Virumaa_algkoolid, lk 69
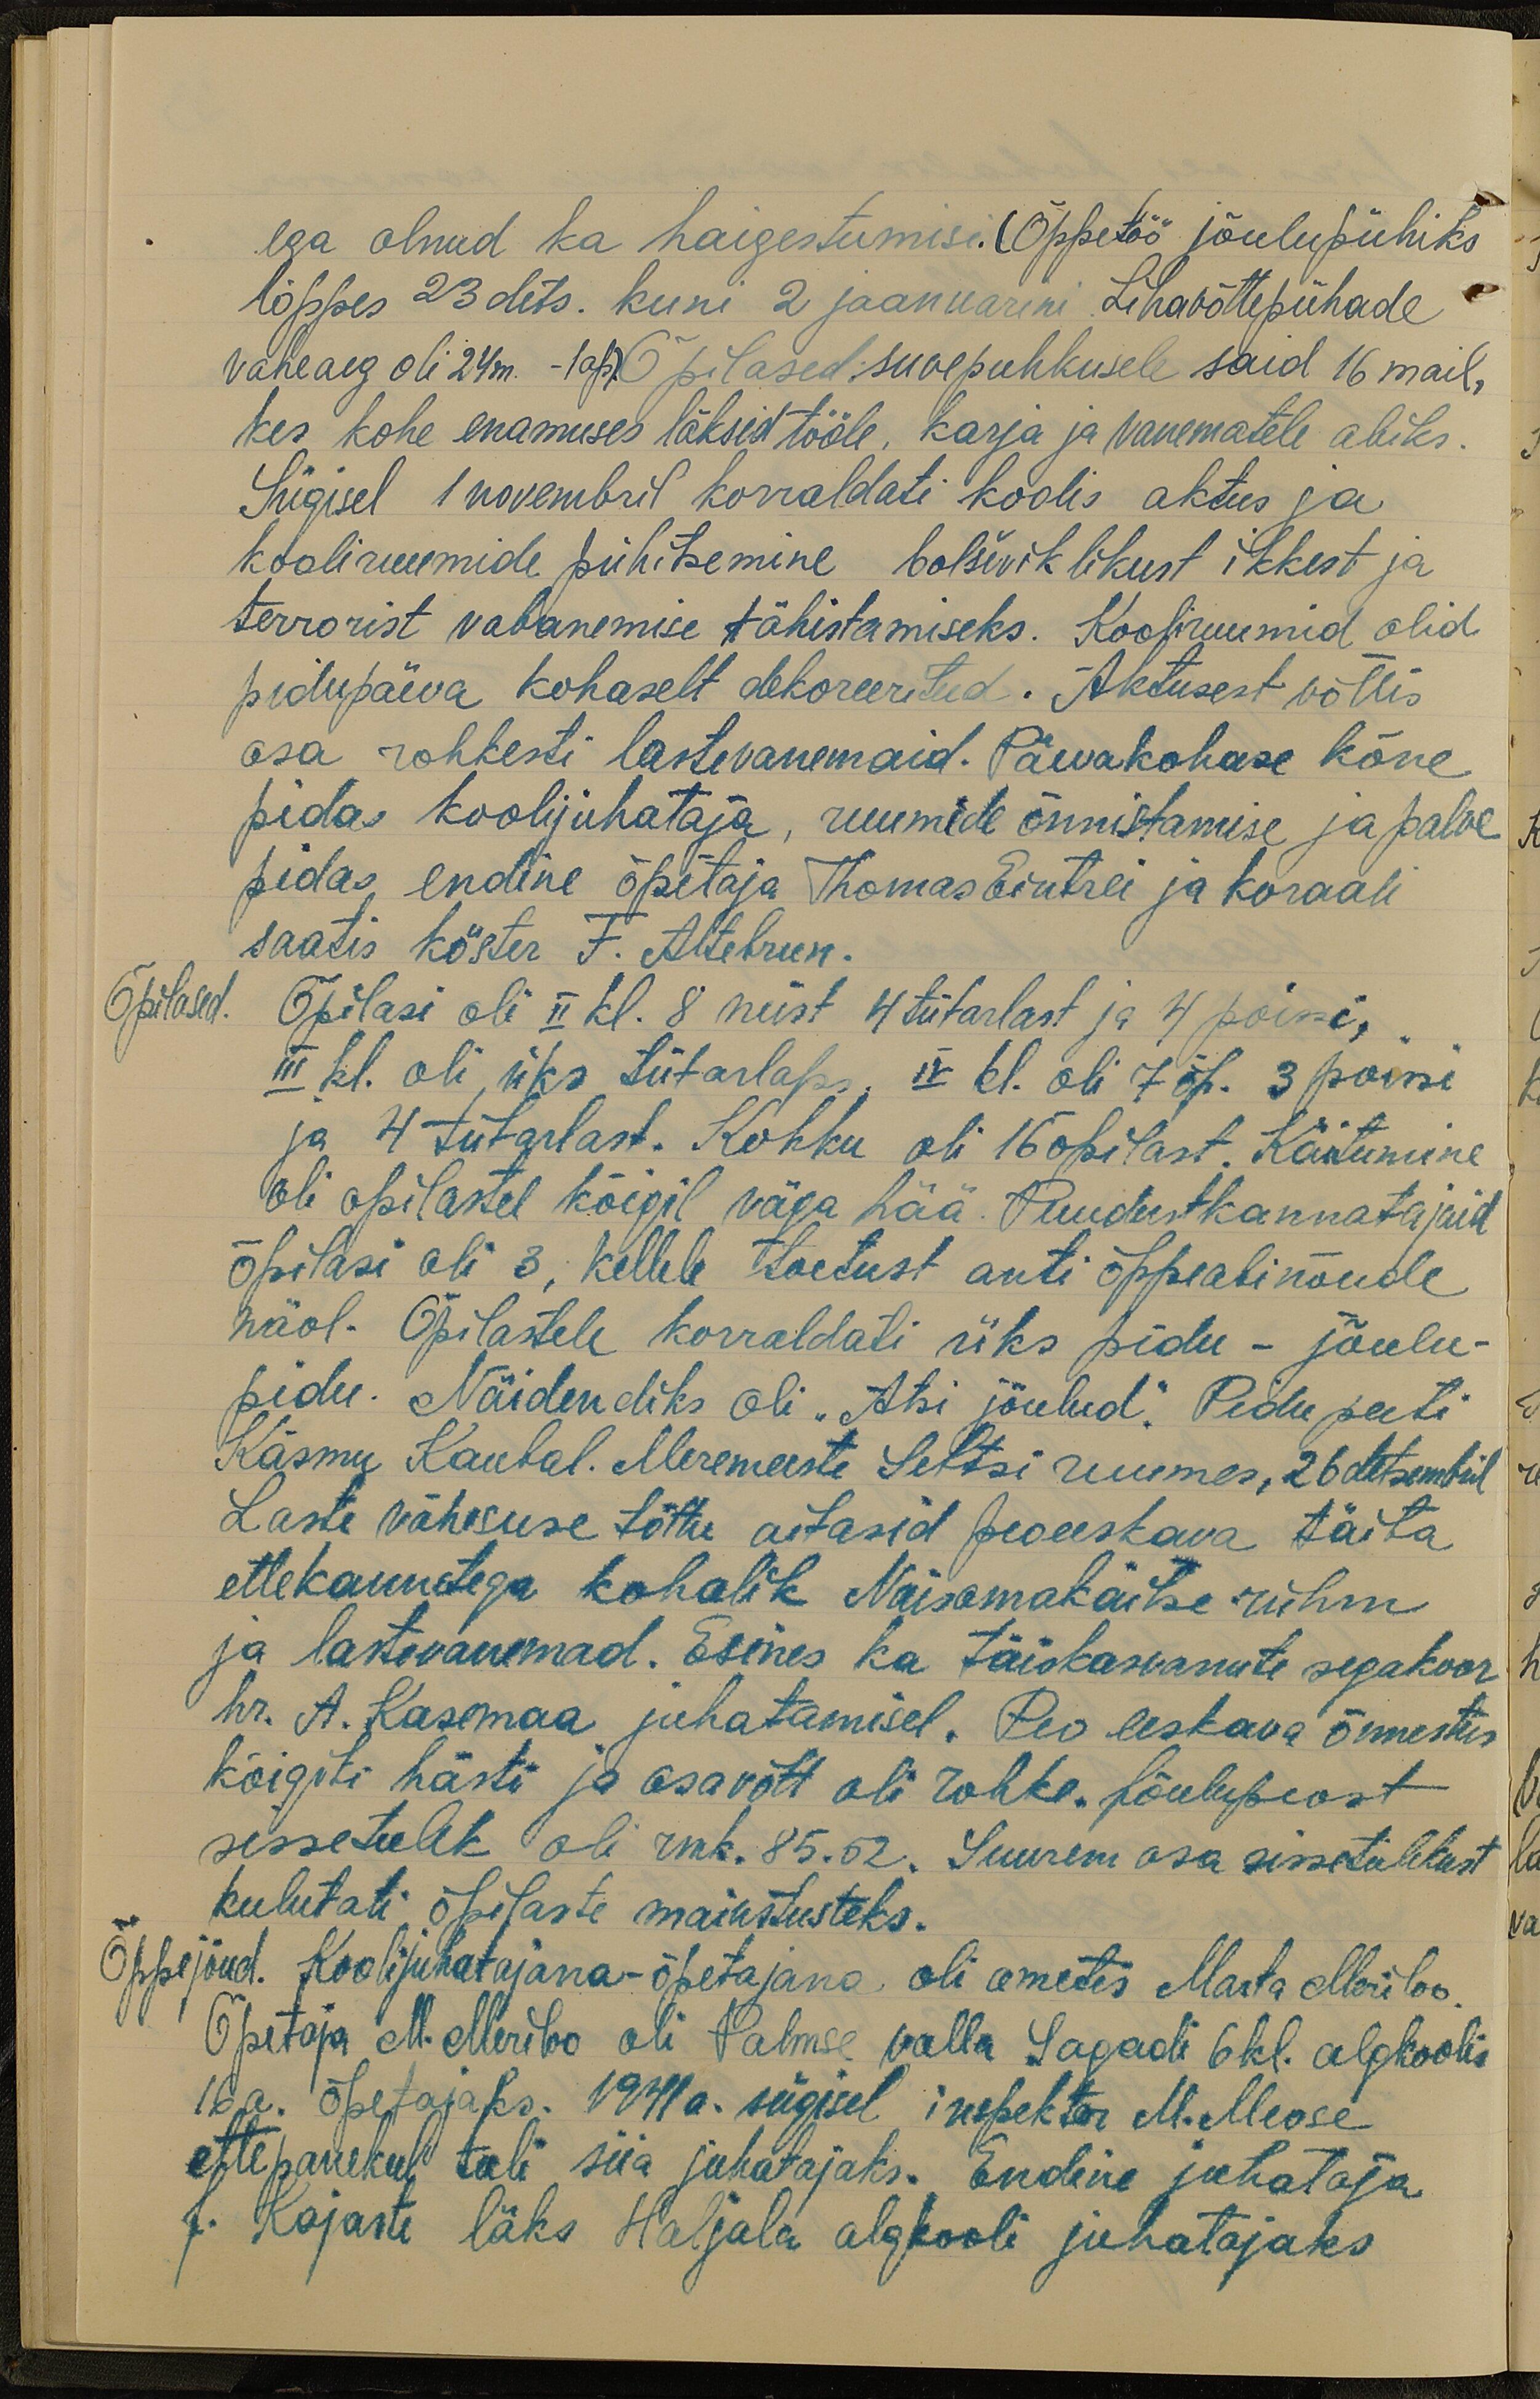
ega olnud ka haigestumisi. (Õppetöö jõulupühiks
lõppes 23 dets. kuni 2 jaanuarini. Lihavõttepühade
vaheaeg oli 24m. - 1ap). Õpilased suvepuhkusele said 16 mail,
kes kohe enamuses läksid tööle, karja ja vanematele abiks.
Sügisel 1 novembril korraldati koolis aktus ja
kooliruumide pühitsemine bolševiklikust ikkest ja
terrorist vabanemise tähistamiseks. Kooliruumid olid
pidupäeva kohaselt dekoreeritud. Aktusest võttis
osa rohkesti lastevanemaid. Päevakohase kõne
pidas kooljuhataja, ruumide õnnistamise ja palve
pidas endine õpetaja Thomas Eintrei ja koraali
saatis köster F. Altebrun.
Õpilased. Õpilasi oli II kl. 8 neist 4 tütarlast ja 4 poissi,
III kl. oli üks tütarlaps, IV kl oli 7 õp. 3 poissi
ja 4 tütarlast. Kokku oli 16 õpilast. Käitumine
oli õpilastel kõigil väga hää. Puudustkannatajaid
õpilasi oli 3; kellele toetust anti õppeabinõude
näol. Õpilastele korraldati üks pidu - jõulu-
pidu. Näidendiks oli "Atsi jõulud". Pidu peeti
Käsmu Kaubal. Meremeeste Seltsi ruumes, 26 detsembril
Laste vähesuse tõttu aitasid peoeeskava täita
ettekandega kohalik Naisomakaitse rühm
ja lastevanemad. Esines ka täiskasvanute segakoor
hr. A. Kasemaa juhatamisel. Peo eeskava õnnestus
kõigiti hästi ja osavõtt oli rohke. Jõulupeost
sissetulek oli rmk. 85.52. Suurem osa sissetulekust
kulutati õpilaste maiustusteks.
Õppejõud. Kooli juhatajana-õpetajana oli ametis Marta Meriloo
Õpetaja M. Meriloo oli Palmse valla Sagadi 6 kl. algkoolis
16 a. õpetajaks. 1941 a. sügisel inspektor M. Meose
ettepanekul, tuli siia juhatajaks. Endine juhataja
J. Kajaste läks Haljala algkooli juhatajaks